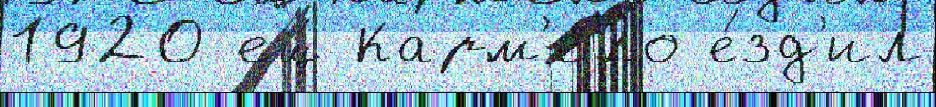
1920 ещ́ Карм'ело е́зд'ил